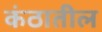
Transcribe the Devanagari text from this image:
कंठातील